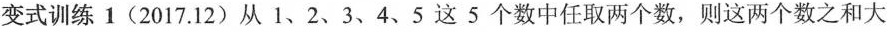
变式训练 1 (2017.12)从1、2、3、4、5这5个数中任取两个数，则这两个数之和大